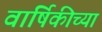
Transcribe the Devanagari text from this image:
वार्षिकीच्या